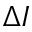
\Delta I